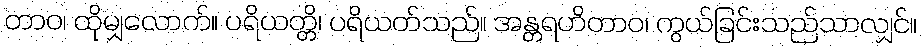
တာဝ၊ ထိုမျှလောက်။ ပရိယတ္တိ၊ ပရိယတ်သည်။ အန္တရဟိတာဝ၊ ကွယ်ခြင်းသည်သာလျှင်။